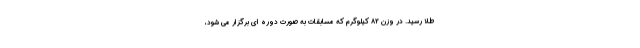
طلا رسید. در وزن ۸۲ کیلوگرم که مسابقات به صورت دوره ای برگزار می شود،